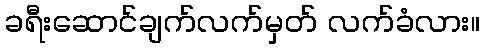
ခရီးဆောင်ချက်လက်မှတ် လက်ခံလား။